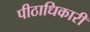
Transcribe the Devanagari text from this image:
पीठाधिकारी